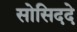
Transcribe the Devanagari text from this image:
सोसिददे